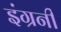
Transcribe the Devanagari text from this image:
इंग्रनी